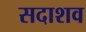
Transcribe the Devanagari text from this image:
सदाशव